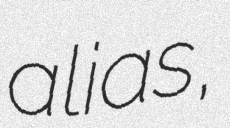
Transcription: alias,